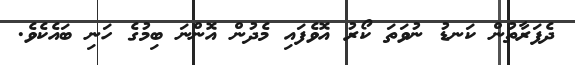
ދެފަރާތުން ކަނޑު ނުވަތަ ކޯރު އޮވެފައި މެދުން އޮންނަ ބިމުގެ ހަނި ބައެކެވެ.